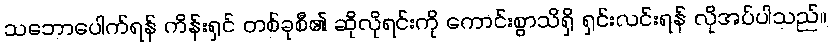
သဘောပေါက်ရန် ကိန်းရှင် တစ်ခုစီ၏ ဆိုလိုရင်းကို ကောင်းစွာသိရှိ ရှင်းလင်းရန် လိုအပ်ပါသည်။